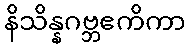
နိသိန္နဂဗ္ဘဧကိကာ